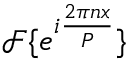
{ \mathcal { F } } \{ e ^ { i { \frac { 2 \pi n x } { P } } } \}